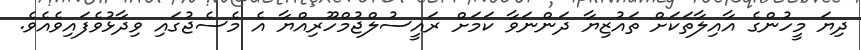
ދިޔަ މީހުންގެ އާއިލާތަކަށް ތައުޒިޔާ ދަންނަވާ ކަމަށް ރައީސުލްޖުމްހޫރިއްޔާ އެ މެސެޖުގައި ވިދާޅުވެފައިވެއެވެ.